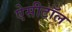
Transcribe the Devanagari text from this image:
ऐसीटॉल